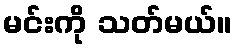
မင်းကို သတ်မယ်။